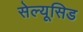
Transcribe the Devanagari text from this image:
सेल्यूसिड